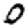
Digit: 0